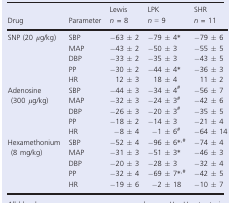
<table><thead><tr><td><b>Drug</b></td><td><b>Parameter</b></td><td><b>Lewis <i>n = </i>8</b></td><td><b>LPK <i>n </i>=<i></i>9</b></td><td><b>SHR <i>n = </i>11</b></td></tr></thead><tbody><tr><td rowspan="5">SNP (20 <i>μ</i>g/kg)</td><td>SBP</td><td>−63 ± 2</td><td>−79 ± 4<sup>*</sup></td><td>−79 ± 6</td></tr><tr><td>MAP</td><td>−43 ± 2</td><td>−50 ± 3</td><td>−55 ± 5</td></tr><tr><td>DBP</td><td>−33 ± 2</td><td>−35 ± 3</td><td>−43 ± 5</td></tr><tr><td>PP</td><td>−30 ± 2</td><td>−44 ± 4<sup>*</sup></td><td>−36 ± 3</td></tr><tr><td>HR</td><td>12 ± 3</td><td>18 ± 4</td><td>11 ± 2</td></tr><tr><td rowspan="5">Adenosine (300 <i>μ</i>g/kg)</td><td>SBP</td><td>−44 ± 3</td><td>−34 ± 4<sup>#</sup></td><td>−56 ± 7</td></tr><tr><td>MAP</td><td>−32 ± 3</td><td>−24 ± 3<sup>#</sup></td><td>−42 ± 6</td></tr><tr><td>DBP</td><td>−26 ± 3</td><td>−20 ± 3<sup>#</sup></td><td>−35 ± 5</td></tr><tr><td>PP</td><td>−18 ± 2</td><td>−14 ± 3</td><td>−21 ± 4</td></tr><tr><td>HR</td><td>−8 ± 4</td><td>−1 ± 6<sup>#</sup></td><td>−64 ± 14</td></tr><tr><td rowspan="5">Hexamethonium (8 mg/kg)</td><td>SBP</td><td>−52 ± 4</td><td>−96 ± 6<sup>*</sup><sup>,</sup><sup>#</sup></td><td>−74 ± 4</td></tr><tr><td>MAP</td><td>−31 ± 3</td><td>−51 ± 3<sup>*</sup></td><td>−46 ± 3</td></tr><tr><td>DBP</td><td>−20 ± 3</td><td>−28 ± 3</td><td>−32 ± 4</td></tr><tr><td>PP</td><td>−32 ± 4</td><td>−69 ± 7<sup>*</sup><sup>,</sup><sup>#</sup></td><td>−42 ± 5</td></tr><tr><td>HR</td><td>−19 ± 6</td><td>−2 ± 18</td><td>−10 ± 7</td></tr></tbody></table>